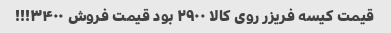
قیمت کیسه فریزر روی کالا ۲۹۰۰ بود قیمت فروش ۳۴۰۰!!!